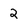
Character: 2